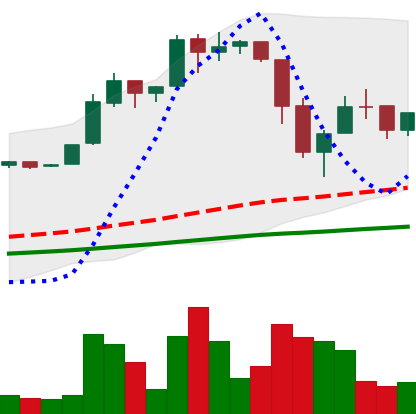
Ticker: BTC-USD
Chart end date: 2016-06-27
Forward return: 7.39%
Label: up_7plus